Kallis,_Oskar, lk 8
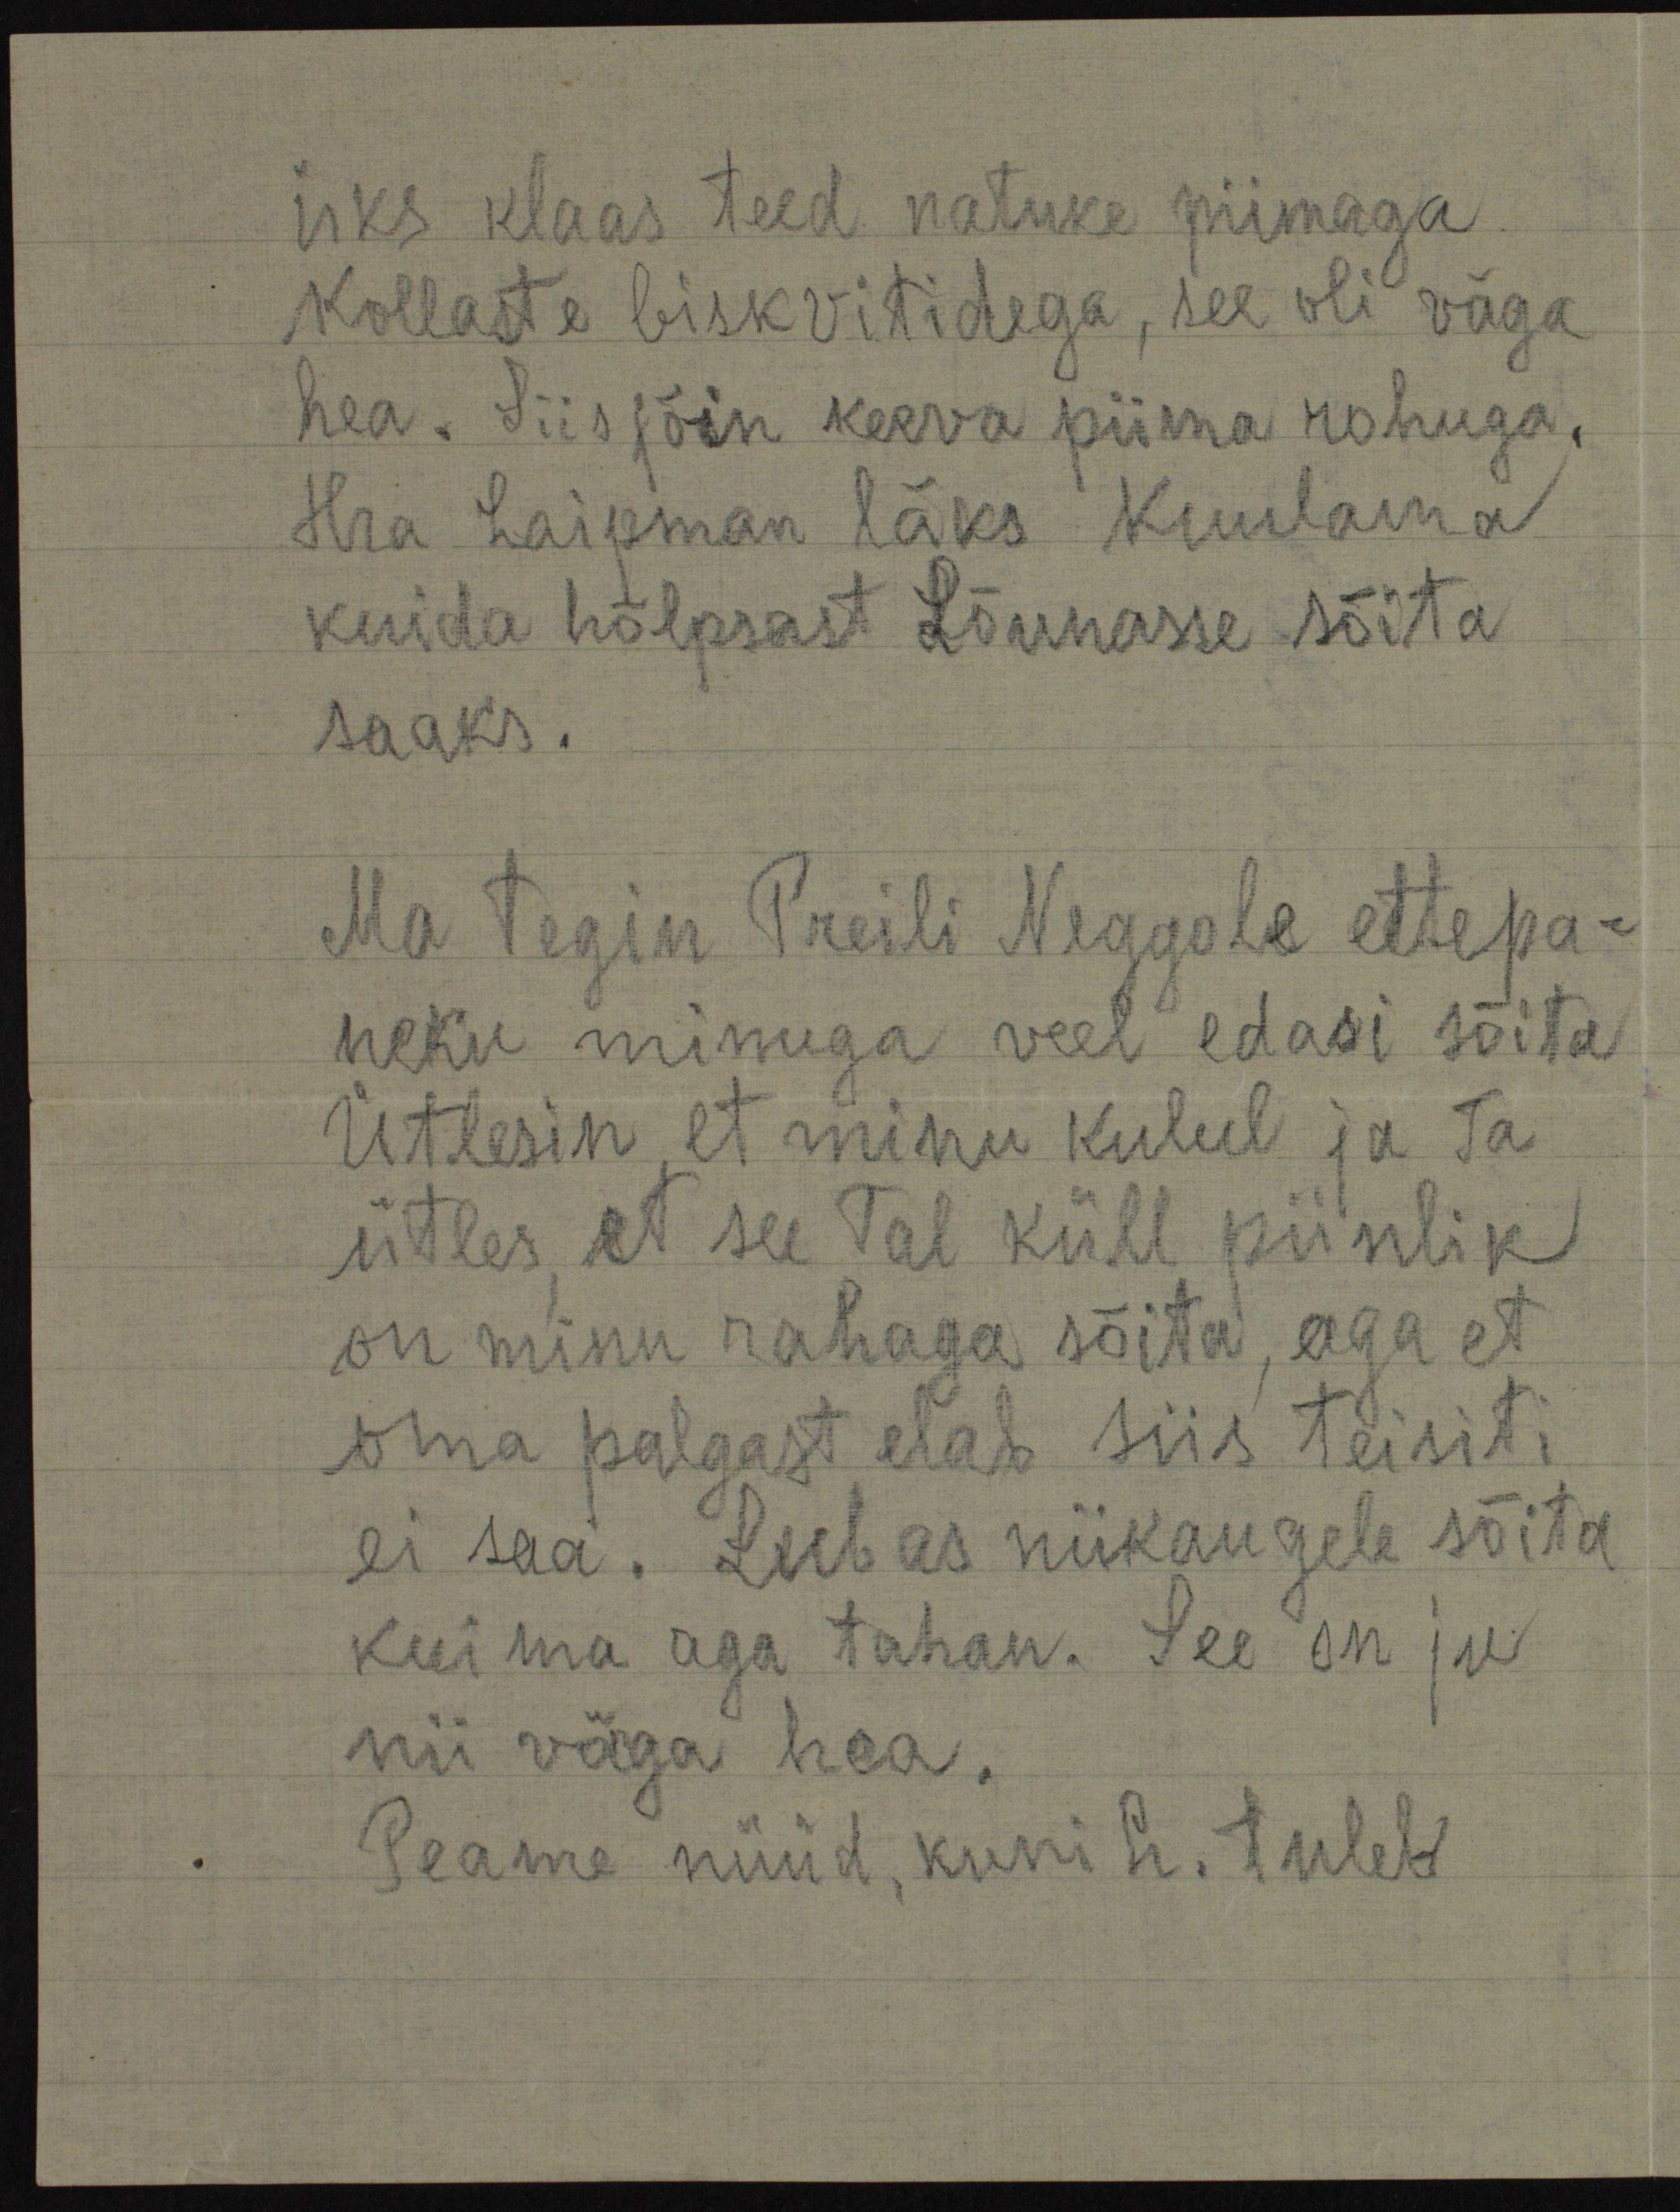
üks klaas teed natuke piimaga
Kollaste biskvitidega, see oli väga
hea. Siis sõin keeva piima rohuga,
Hra Laipman läks kuulama
kuida hõlpsast Lõunasse sõita
saaks.
Ma tegin Preili Neggole ettepa-
neku minuga veel edasi sõita
Ütlesin, et minu kulul ja Ta
ütles, et see Tal küll piinlik
on minu rahaga sõita, aga et
oma palgast elab siis teisiti
ei saa. Lubas niikaugele sõita
kui ma aga tahan. See on ju
nii väga hea.
Peame nüüd, kuni h. tuleb